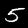
Label: 5